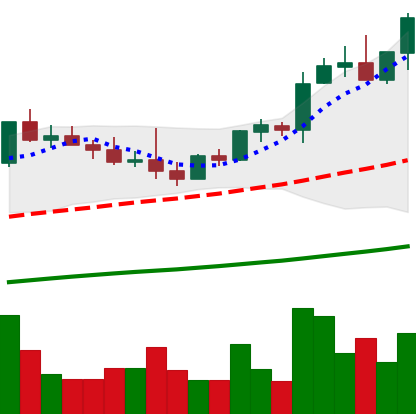
Ticker: NEO-USD
Chart end date: 2021-04-05
Forward return: 4.47%
Label: up_3_5